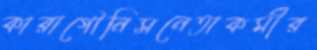
কারাগৌনিসনেতাকর্মীর